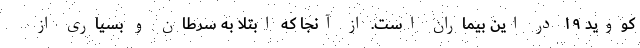
کووید ۱۹ در این بیماران است. از آنجا که ابتلا به سرطان و بسیاری از